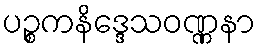
ပဉ္စကနိဒ္ဒေသဝဏ္ဏနာ